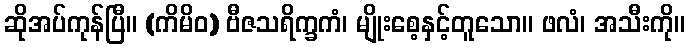
ဆိုအပ်ကုန်ပြီ။ (ကိမိဝ) ဗီဇသရိက္ခကံ၊ မျိုးစေ့နှင့်တူသော။ ဖလံ၊ အသီးကို။